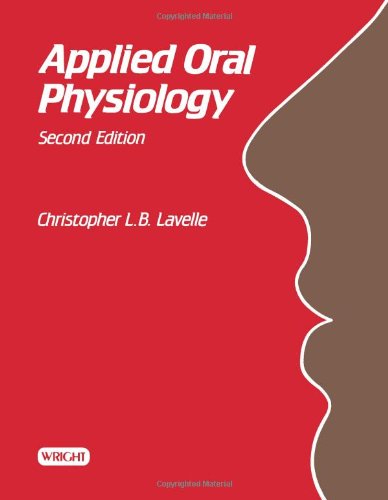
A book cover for Applied Oral Physiology; Christopher L. B. Lavelle; Medical Books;